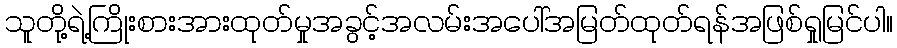
သူတို့ရဲ့ကြိုးစားအားထုတ်မှုအခွင့်အလမ်းအပေါ်အမြတ်ထုတ်ရန်အဖြစ်ရှုမြင်ပါ။